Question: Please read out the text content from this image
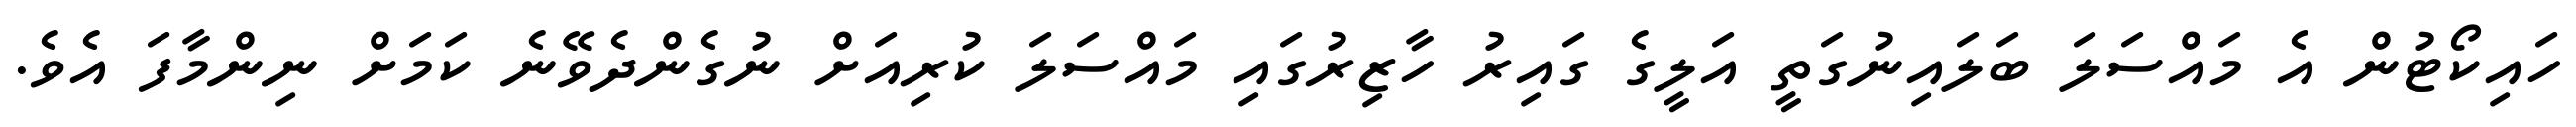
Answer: ހައިކޯޓުން އެ މައްސަލަ ބަލައިނުގަތީ އަލީގެ ގައިރު ހާޒިރުގައި މައްސަލަ ކުރިއަށް ނުގެންދެވޭނެ ކަމަށް ނިންމާފަ އެވެ.